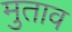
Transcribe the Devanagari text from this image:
मुताव